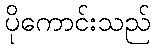
ပိုကောင်းသည်